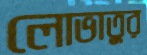
লোভাতুর